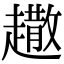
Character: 𧽾